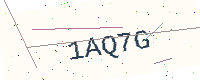
Text: 1AQ7G